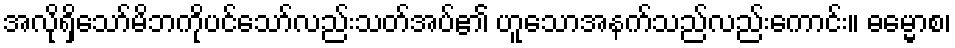
အလိုရှိသော်မိဘကိုပင်သော်လည်းသတ်အပ်၏ ဟူသောအနက်သည်လည်းကောင်း။ ဓမ္မောစ၊